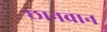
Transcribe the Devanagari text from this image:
छानवान